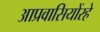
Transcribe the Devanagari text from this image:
आप्रवासियोंरहे